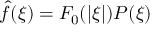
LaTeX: { \hat { f } } ( \xi ) = F _ { 0 } ( | \xi | ) P ( \xi )